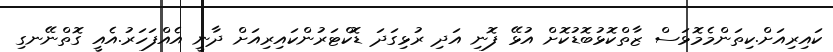
ކައިރިއަށް.ކިތަންމެމޮޅަސް ޒާތްކޮޅުބޮޑުކޮށް އުޅޭ ފޮނި އަދި ރުޅިގަދަ ޑޮކްޓަރުންކައިރިއަށް ދާނީ އެއްފަހަރު.އެއީ ގޮތްނޭނގި